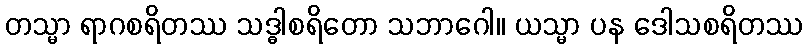
တသ္မာ ရာဂစရိတဿ သဒ္ဓါစရိတော သဘာဂေါ။ ယသ္မာ ပန ဒေါသစရိတဿ